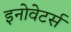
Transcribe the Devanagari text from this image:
इनोवेटर्स